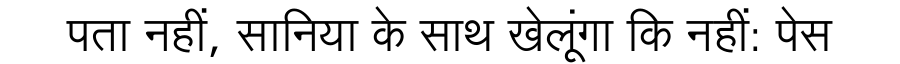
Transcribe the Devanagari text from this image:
पता नहीं, सानिया के साथ खेलूंगा कि नहीं: पेस